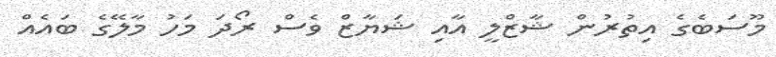
މޫސަބެގެ އިތުރުން ޝާޒްލީ އާއި ޝަޔާޒް ވެސް ރޯދަ މަހު މާލޭގެ ބައެއް